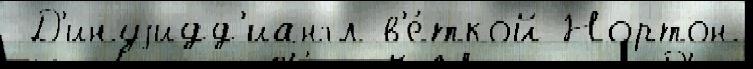
 Д'инуjидд'иангл в'е́ткой Нортон